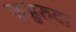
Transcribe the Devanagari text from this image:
कहुरुवा